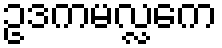
ဥဒကမလ္လကေ